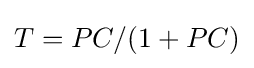
T=PC/(1+PC)